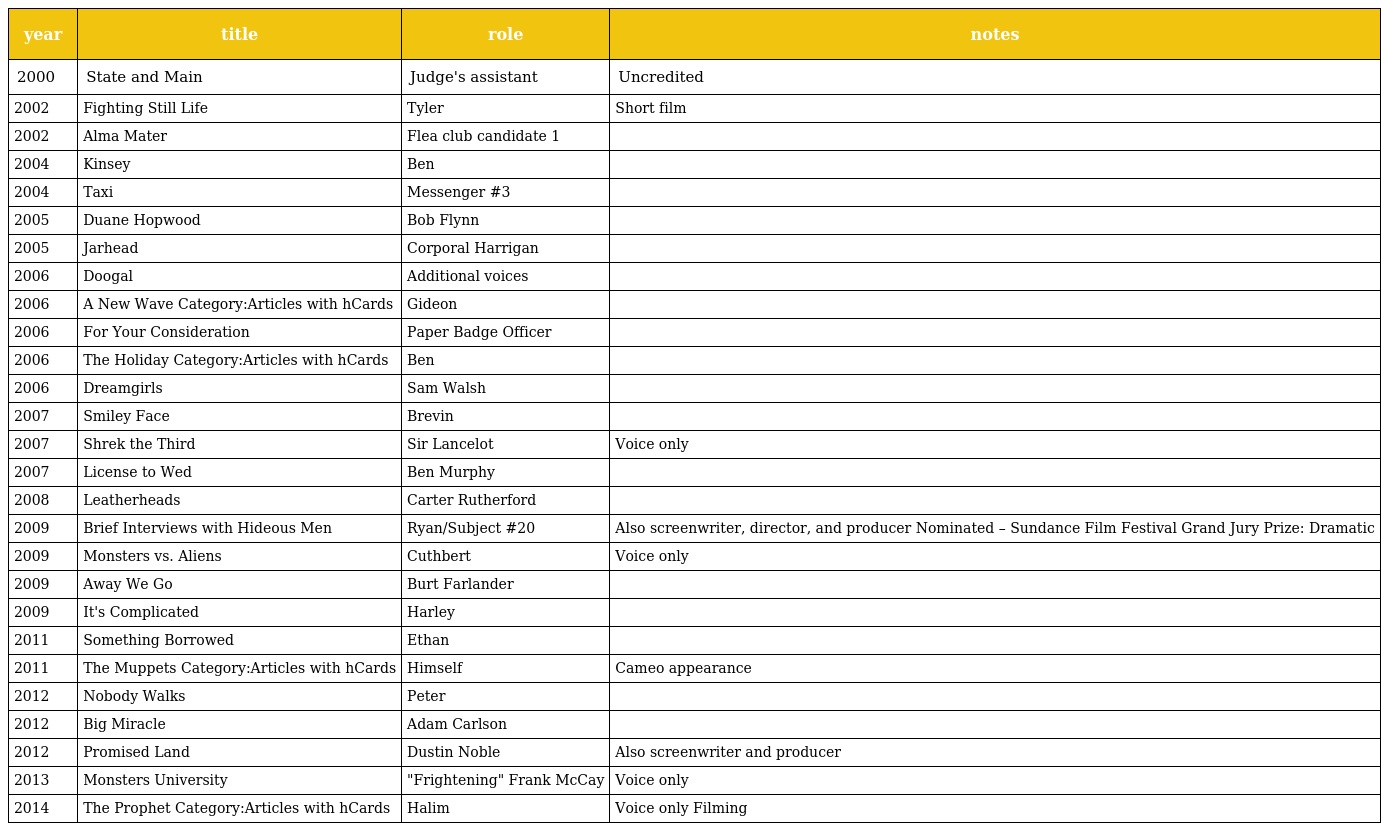
| year | title | role | notes |
 | --- | --- | --- | --- |
 | 2000 | State and Main | Judge's assistant | Uncredited |
 | 2002 | Fighting Still Life | Tyler | Short film |
 | 2002 | Alma Mater | Flea club candidate 1 |  |
 | 2004 | Kinsey | Ben |  |
 | 2004 | Taxi | Messenger #3 |  |
 | 2005 | Duane Hopwood | Bob Flynn |  |
 | 2005 | Jarhead | Corporal Harrigan |  |
 | 2006 | Doogal | Additional voices |  |
 | 2006 | A New Wave Category:Articles with hCards | Gideon |  |
 | 2006 | For Your Consideration | Paper Badge Officer |  |
 | 2006 | The Holiday Category:Articles with hCards | Ben |  |
 | 2006 | Dreamgirls | Sam Walsh |  |
 | 2007 | Smiley Face | Brevin |  |
 | 2007 | Shrek the Third | Sir Lancelot | Voice only |
 | 2007 | License to Wed | Ben Murphy |  |
 | 2008 | Leatherheads | Carter Rutherford |  |
 | 2009 | Brief Interviews with Hideous Men | Ryan/Subject #20 | Also screenwriter, director, and producer Nominated – Sundance Film Festival Grand Jury Prize: Dramatic |
 | 2009 | Monsters vs. Aliens | Cuthbert | Voice only |
 | 2009 | Away We Go | Burt Farlander |  |
 | 2009 | It's Complicated | Harley |  |
 | 2011 | Something Borrowed | Ethan |  |
 | 2011 | The Muppets Category:Articles with hCards | Himself | Cameo appearance |
 | 2012 | Nobody Walks | Peter |  |
 | 2012 | Big Miracle | Adam Carlson |  |
 | 2012 | Promised Land | Dustin Noble | Also screenwriter and producer |
 | 2013 | Monsters University | "Frightening" Frank McCay | Voice only |
 | 2014 | The Prophet Category:Articles with hCards | Halim | Voice only Filming |